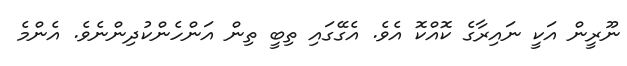
ނޫރީން އަކީ ނައިރާގެ ކޮއްކޮ އެވެ. އެގޭގައި ތިބީ ތިން އަންހެންކުދިންނެވެ. އެންމެ